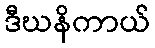
ဒီဃနိကာယ်